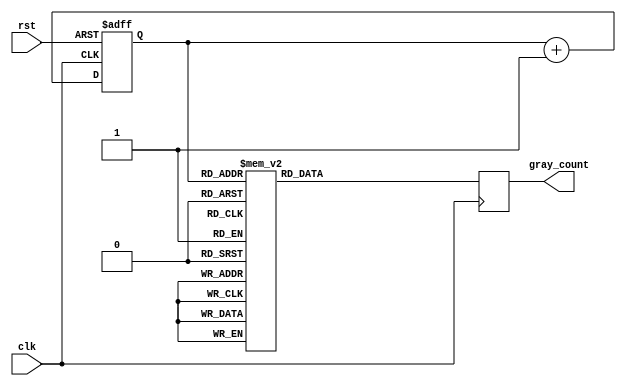
module gray_counter_clock_divider (
    input wire clk,
    input wire rst,
    output reg [3:0] gray_count // 4-bit Gray counter output
);

reg [3:0] counter_reg;
reg [3:0] gray_count_reg;

// Gray counter logic
always @(posedge clk or posedge rst) begin
    if (rst) begin
        counter_reg <= 4'b0000;
    end else begin
        counter_reg <= counter_reg + 1;
    end
end

// Gray code conversion
always @* begin
    case (counter_reg)
        4'b0000: gray_count_reg = 4'b0000;
        4'b0001: gray_count_reg = 4'b0001;
        4'b0010: gray_count_reg = 4'b0011;
        4'b0011: gray_count_reg = 4'b0010;
        4'b0100: gray_count_reg = 4'b0110;
        4'b0101: gray_count_reg = 4'b0111;
        4'b0110: gray_count_reg = 4'b0101;
        4'b0111: gray_count_reg = 4'b0100;
        4'b1000: gray_count_reg = 4'b1100;
        4'b1001: gray_count_reg = 4'b1101;
        4'b1010: gray_count_reg = 4'b1111;
        4'b1011: gray_count_reg = 4'b1110;
        4'b1100: gray_count_reg = 4'b1010;
        4'b1101: gray_count_reg = 4'b1011;
        4'b1110: gray_count_reg = 4'b1001;
        4'b1111: gray_count_reg = 4'b1000;
    endcase
end

// Synchronization with clock signal
always @(posedge clk) begin
    gray_count <= gray_count_reg;
end

endmodule